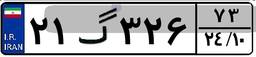
۲۱گ۳۲۶۷۳